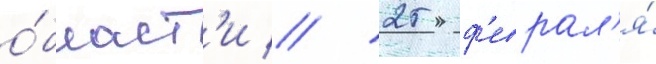
о́бласт'и // 25 ф'еврал'я́